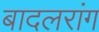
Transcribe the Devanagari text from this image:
बादलरांग